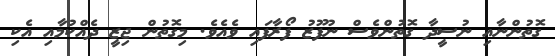
ގޮތުންނާއި ނުސީދާ ގޮތުންވެސް ނުފޫޒު ފޯރާފައި ވެއެވެ. މިގޮތުން ޖިޒީ ދެއްކުމާއި އެކި